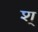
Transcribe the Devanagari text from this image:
श्‌